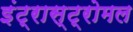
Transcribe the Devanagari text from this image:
इंट्रास्ट्रोमल